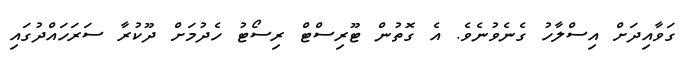
ގަވާއިދަށް އިސްލާހު ގެނެވުނެވެ. އެ ގޮތުން ޓޫރިސްޓް ރިސޯޓު ހެދުމަށް ދޫކުރާ ސަރަހައްދުގައި